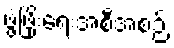
ဖွံ့ဖြိုးရေးအစီအစဉ်